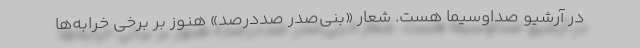
در آرشیو صداوسیما هست. شعار «بنی‌صدر صددرصد» هنوز بر برخی خرابه‌ها